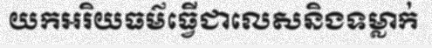
យកអរិយធម៌ធ្វើជាលេសនិងទម្លាក់